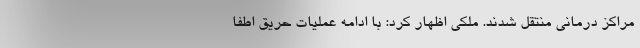
مراکز درمانی منتقل شدند. ملکی اظهار کرد: با ادامه عملیات حریق اطفا